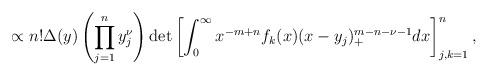
LaTeX: \begin{align*}\propto n! \Delta(y) \left( \prod_{j=1}^n y_j^{\nu} \right) \det \left[ \int_0^{\infty} x^{-m+n} f_k(x) (x-y_j)_+^{m-n-\nu-1} dx \right]_{j,k=1}^n, \end{align*}